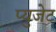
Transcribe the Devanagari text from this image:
प्युजेट